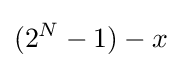
(2^{N}-1)-x